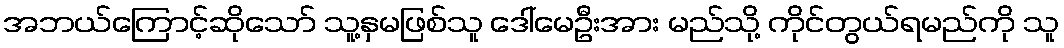
အဘယ်ကြောင့်ဆိုသော် သူ့နှမဖြစ်သူ ဒေါ်မေဦးအား မည်သို့ ကိုင်တွယ်ရမည်ကို သူ